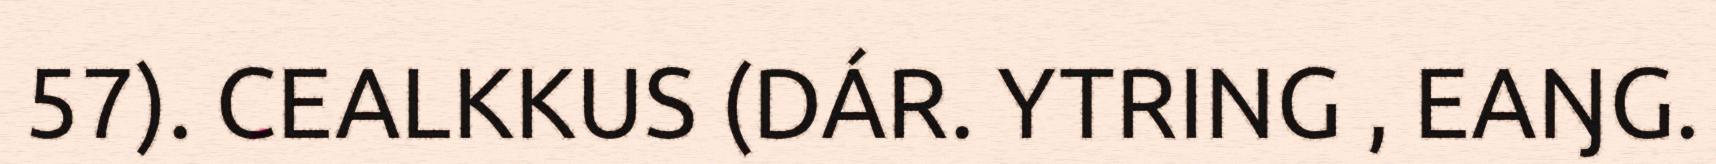
57). CEALKKUS (DÁR. YTRING , EAŊG.